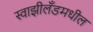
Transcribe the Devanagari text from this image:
स्वाझीलँडमधील